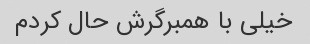
خیلی با همبرگرش حال کردم